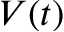
V ( t )